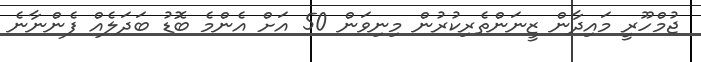
ޖުމްހޫރީ މައިދާން ޒީނަންތެރިކުރުން މިނިވަން 50 އަށް އެންމެ ބޮޑު ބަދަލެއް ފެންނާނެ